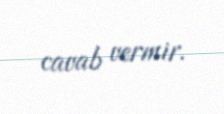
cavab vermir.